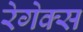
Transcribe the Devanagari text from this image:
रेगेक्स